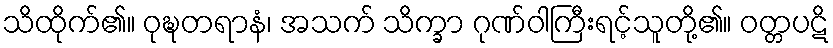
သိထိုက်၏။ ဝုဍ္ဎတရာနံ၊ အသက် သိက္ခာ ဂုဏ်ဝါကြီးရင့်သူတို့၏။ ဝတ္တပဋိ